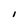
Character: 1